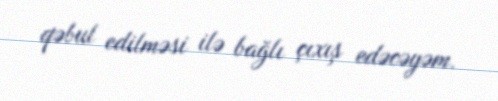
qəbul edilməsi ilə bağlı çıxış edəcəyəm.